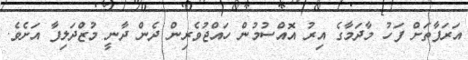
އަަރަފާތަށް ފަހު މާދަމާގެ އިރު އޮއްސުމުން ހައްޖުވެރިން ދެން ދާނީ މުޒްދަލިފާ އަށެވެ.